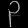
Digit: ၃